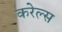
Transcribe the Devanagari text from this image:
करेल्स